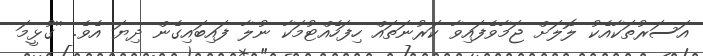
އަސަރުތަކާއެކު ލޮލަށް ޖަމާވެފައިވާ ކަރުނަތައް ހިފަހެއްޓުމަކާ ނުލާ ފައިބައިގެން ދިޔަ އެވެ. ''ގުޅީމަ